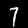
Digit: 7